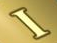
I